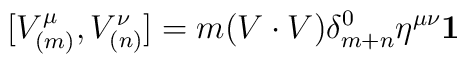
\lbrack V_{(m)}^{\mu },V_{(n)}^{\nu }]=m(V\cdot V)\delta _{m+n}^{0}\eta^{\mu \nu }\mathbf{1}